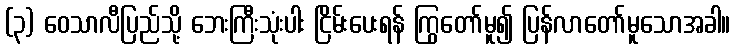
(၃) ဝေသာလီပြည်သို့ ဘေးကြီးသုံးပါး ငြိမ်းပေးရန် ကြွတော်မူ၍ ပြန်လာတော်မူသောအခါ။